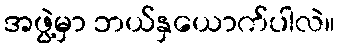
အဖွဲ့မှာ ဘယ်နှယောက်ပါလဲ။